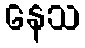
နေသ